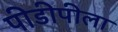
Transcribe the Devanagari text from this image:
पीडीपीला